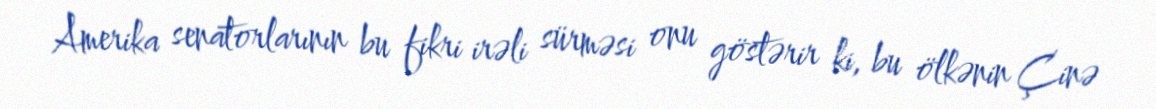
Amerika senatorlarının bu fikri irəli sürməsi onu göstərir ki, bu ölkənin Çinə